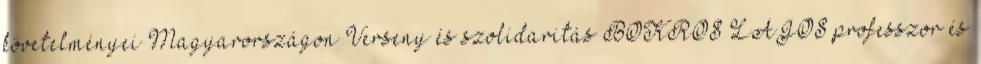
követelményei Magyarországon Verseny és szolidaritás BOKROS LAJOS professzor és